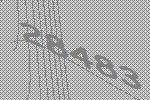
28483